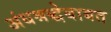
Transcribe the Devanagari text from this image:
अंधश्रद्धेबाबत